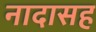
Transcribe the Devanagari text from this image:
नादासह